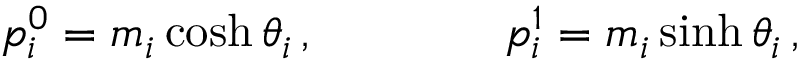
p _ { i } ^ { 0 } = m _ { i } \cosh \theta _ { i } \, , \qquad \qquad p _ { i } ^ { 1 } = m _ { i } \sinh \theta _ { i } \, ,